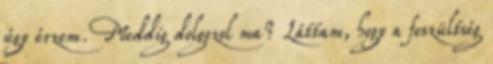
úgy érzem. Meddig dolgozol ma? Láttam, hogy a feszültség